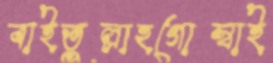
বাইতুল্লাহগোস্বাই